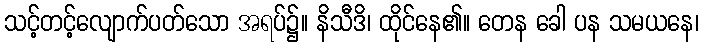
သင့်တင့်လျောက်ပတ်သော အရပ်၌။ နိသီဒိ၊ ထိုင်နေ၏။ တေန ခေါ ပန သမယနေ၊